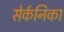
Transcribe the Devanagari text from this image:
सेर्कनिका